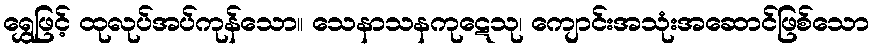
ရွှေဖြင့် ထုလုပ်အပ်ကုန်သော။ သေနာသနကုဋေသု၊ ကျောင်းအသုံးအဆောင်ဖြစ်သော